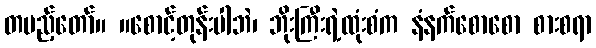
တပည့်တော်။ ။စောင့်တုန်းပါဘဲ၊ ဘိုးကြီးရဲ့ထုံးစံက နံနက်စောစော စားစရာ